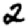
Digit: 2